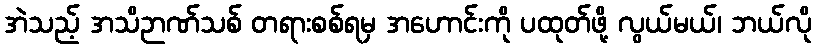
အဲသည့် အသိဉာဏ်သစ် တရားစစ်ရမှ အဟောင်းကို ပထုတ်ဖို့ လွယ်မယ်၊ ဘယ်လို